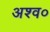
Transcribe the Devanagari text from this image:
अश्व०